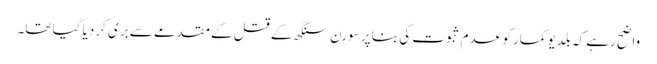
واضح رہے کہ بلدیو کمار کو عدم ثبوت کی بنا پر سورن سنگھ کے قتل کے مقدمے سے بری کردیا گیا تھا۔